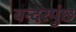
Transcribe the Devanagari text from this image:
बन्दरपुंछ